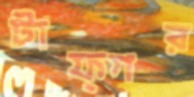
টাফ্গর